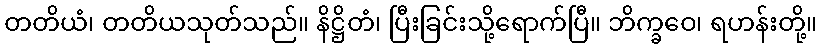
တတိယံ၊ တတိယသုတ်သည်။ နိဋ္ဌိတံ၊ ပြီးခြင်းသို့ရောက်ပြီ။ ဘိက္ခဝေ၊ ရဟန်းတို့။